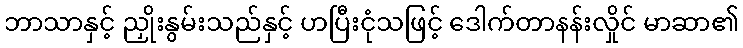
ဘာသာနှင့် ညှိုးနွမ်းသည်နှင့် ဟပြီးငုံသဖြင့် ဒေါက်တာနန်းလှိုင် မာဆာ၏